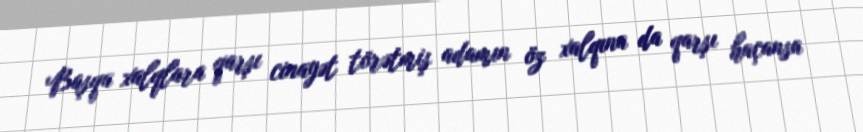
Başqa xalqlara qarşı cinayət törətmiş adamın öz xalqına da qarşı haçansa